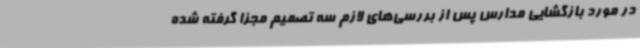
در مورد بازگشایی مدارس پس از بررسی‌های لازم سه تصمیم مجزا گرفته شده